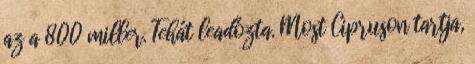
az a 800 miller. Tehát leadózta. Most Cipruson tartja,